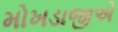
મોખડાજીએ